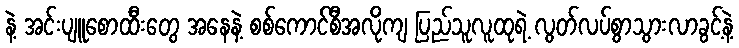
နဲ့ အင်းပျူစောထီးတွေ အနေနဲ့ စစ်ကောင်စီအလိုကျ ပြည်သူလူထုရဲ့ လွတ်လပ်စွာသွားလာခွင့်နဲ့